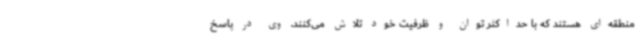
منطقه‌ای هستند که با حداکثر توان و ظرفیت خود تلاش می‌کنند. وی در پاسخ